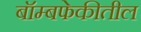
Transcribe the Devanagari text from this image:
बॉम्बफेकीतील